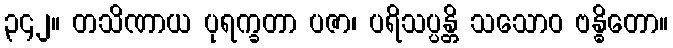
၃၄၂။ တသိဏာယ ပုရက္ခတာ ပဇာ၊ ပရိသပ္ပန္တိ သသောဝ ဗန္ဓိတော။